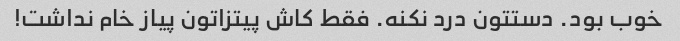
خوب بود. دستتون درد نکنه. فقط کاش پیتزاتون پیاز خام نداشت!